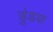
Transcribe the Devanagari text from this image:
डुंडस